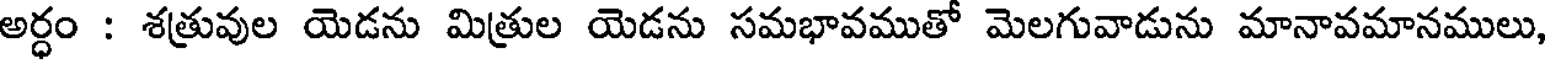
అర్ధం : శత్రువుల యెడను మిత్రుల యెడను సమభావముతో మెలగువాడును మానావమానములు,